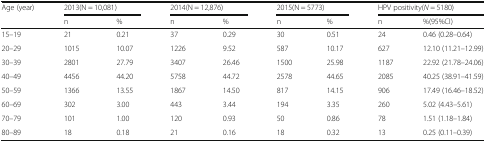
<table><thead><tr><td><b>Age (year)</b></td><td colspan="2"><b>2013(N = 10,081)</b></td><td colspan="2"><b>2014(N = 12,876)</b></td><td colspan="2"><b>2015(N = 5773)</b></td><td colspan="2"><b>HPV positivity(<i>N</i> = 5180)</b></td></tr><tr><td></td><td><b>n</b></td><td><b>%</b></td><td><b>n</b></td><td><b>%</b></td><td><b>n</b></td><td><b>%</b></td><td><b>n</b></td><td><b>%(95%CI)</b></td></tr></thead><tbody><tr><td>15–19</td><td>21</td><td>0.21</td><td>37</td><td>0.29</td><td>30</td><td>0.51</td><td>24</td><td>0.46 (0.28–0.64)</td></tr><tr><td>20–29</td><td>1015</td><td>10.07</td><td>1226</td><td>9.52</td><td>587</td><td>10.17</td><td>627</td><td>12.10 (11.21–12.99)</td></tr><tr><td>30–39</td><td>2801</td><td>27.79</td><td>3407</td><td>26.46</td><td>1500</td><td>25.98</td><td>1187</td><td>22.92 (21.78–24.06)</td></tr><tr><td>40–49</td><td>4456</td><td>44.20</td><td>5758</td><td>44.72</td><td>2578</td><td>44.65</td><td>2085</td><td>40.25 (38.91–41.59)</td></tr><tr><td>50–59</td><td>1366</td><td>13.55</td><td>1867</td><td>14.50</td><td>817</td><td>14.15</td><td>906</td><td>17.49 (16.46–18.52)</td></tr><tr><td>60–69</td><td>302</td><td>3.00</td><td>443</td><td>3.44</td><td>194</td><td>3.35</td><td>260</td><td>5.02 (4.43–5.61)</td></tr><tr><td>70–79</td><td>101</td><td>1.00</td><td>120</td><td>0.93</td><td>50</td><td>0.86</td><td>78</td><td>1.51 (1.18–1.84)</td></tr><tr><td>80–89</td><td>18</td><td>0.18</td><td>21</td><td>0.16</td><td>18</td><td>0.32</td><td>13</td><td>0.25 (0.11–0.39)</td></tr></tbody></table>